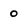
Character: 0